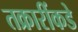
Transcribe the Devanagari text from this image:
तक्रारींकडे